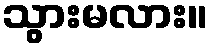
သွားမလား။